Annual administration and progress report of the Indian Medical Department, Bombay
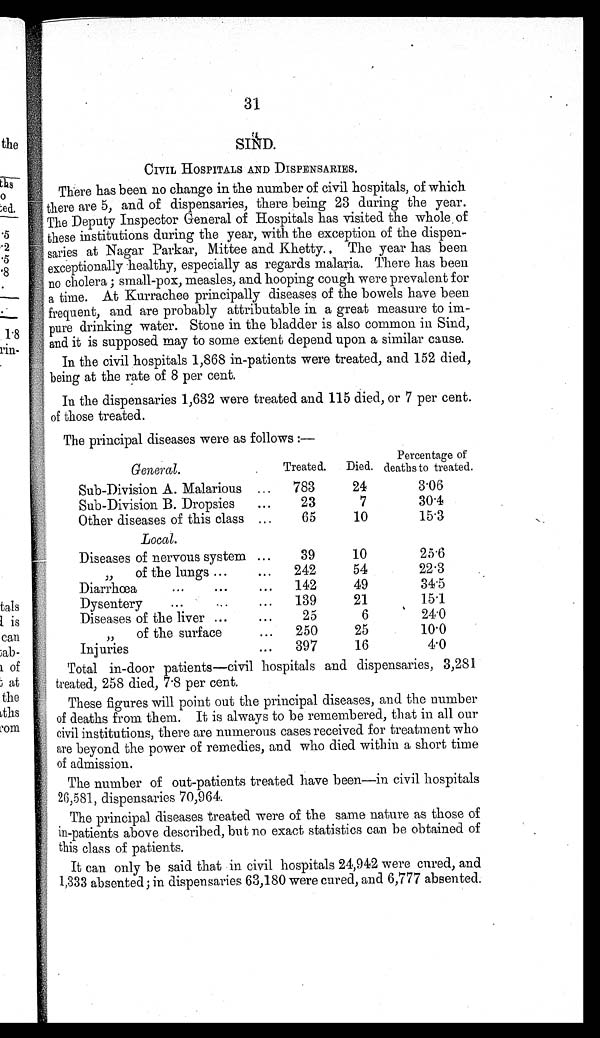
31
SIND.
CIVIL HOSPITALS AND DISPENSARIES.
There has been no change in the number of civil hospitals, of which
there are 5, and of dispensaries, there being 23 during the year.
The Deputy Inspector General of Hospitals has visited the whole . of
these institutions during the year, with the exception of the dispen-
saries at Nagar Parkar, Mittee and Khetty., The year has been
exceptionally healthy, especially as regards malaria. There has been
no cholera ; small-pox, measles, and hooping cough were prevalent for
a time. At Kurrachee principally diseases of the bowels have been
frequent, and are probably attributable in a great measure to im-
pure drinking water. Stone in the bladder is also common in Sind,
and it is supposed may to some extent depend upon a similar cause.
In the civil hospitals 1,868 in-patients were treated, and 152 died,
being at the rate of 8 per cent.
In the dispensaries 1,632 were treated and 115 died, or 7 per cent.
of those treated.
The principal diseases were as follows :—
General.
Treated.
Died.
Percentage of
deaths to treated.
Sub-Division A. Malarious
...
783
24
3.06
Sub-Division B. Dropsies
...
23
7
30.4
Other diseases of this class
. . .
65
10
15.3
Local.
Diseases of nervous system ...
39
10
25.6
,,
of the lungs ...
...
242
54
22.3
Diarrhœa
...
...
...
142
49
34.5
Dysentery ... ...
...
139
21
15.1
Diseases of the liver ...
...
25
6
24.0
,,
of the surface
...
250
25
10.0
Injuries
...
397
16
4.0
Total in-door patients—civil hospitals and dispensaries, 3,281
treated, 258 died, 7 . 8 per cent.
These figures will point out the principal diseases, and the number
of deaths from them. It is always to be remembered, that in all our
civil institutions, there are numerous cases received for treatment who
are beyond the power of remedies, and who died within a short time
of admission.
The number of out-patients treated have been—in civil hospitals
26,581, dispensaries 70,964.
The principal diseases treated were of the same nature as those of
in-patients above described, but no exact statistics can be obtained of
this class of patients.
It can only be said that in civil hospitals 24,942 were cured, and
1,333 absented; in dispensaries 63,180 were cured, and 6,777 absented.